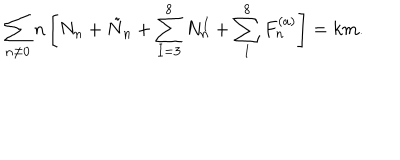
\sum _ { n \neq 0 } n \left[ N _ { n } + \tilde { N } _ { n } + \sum _ { I = 3 } ^ { 8 } N _ { n } ^ { I } + \sum _ { 1 } ^ { 8 } F _ { n } ^ { ( a ) } \right] = k m .